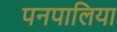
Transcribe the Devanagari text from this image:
पनपालिया